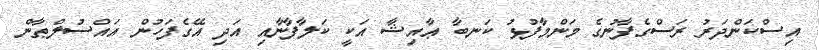
އިސްކަންދަރު ރަސްގެފާނުގެ މަންމާފުޅު ކަނބާ ޢާއިޝާ އަކީ ކަލާފާނާއި އަދި އޭގެފަހުން އައްސުލްޠާން